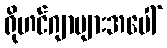
ရိုဟင်ဂျာများအပေါ်